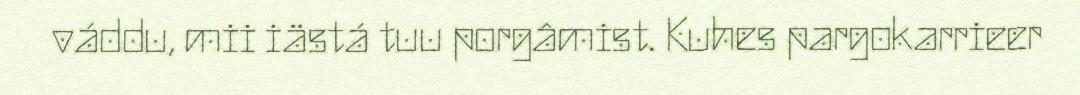
váddu, mii iästá tuu porgâmist. Kuhes pargokarrieer